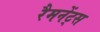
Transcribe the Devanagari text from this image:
रैमनेंट्स